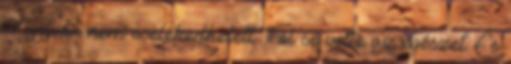
Nyilván nem cselekedhetett Föl se vette az egészet. És